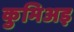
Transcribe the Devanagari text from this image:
कुमिअइ